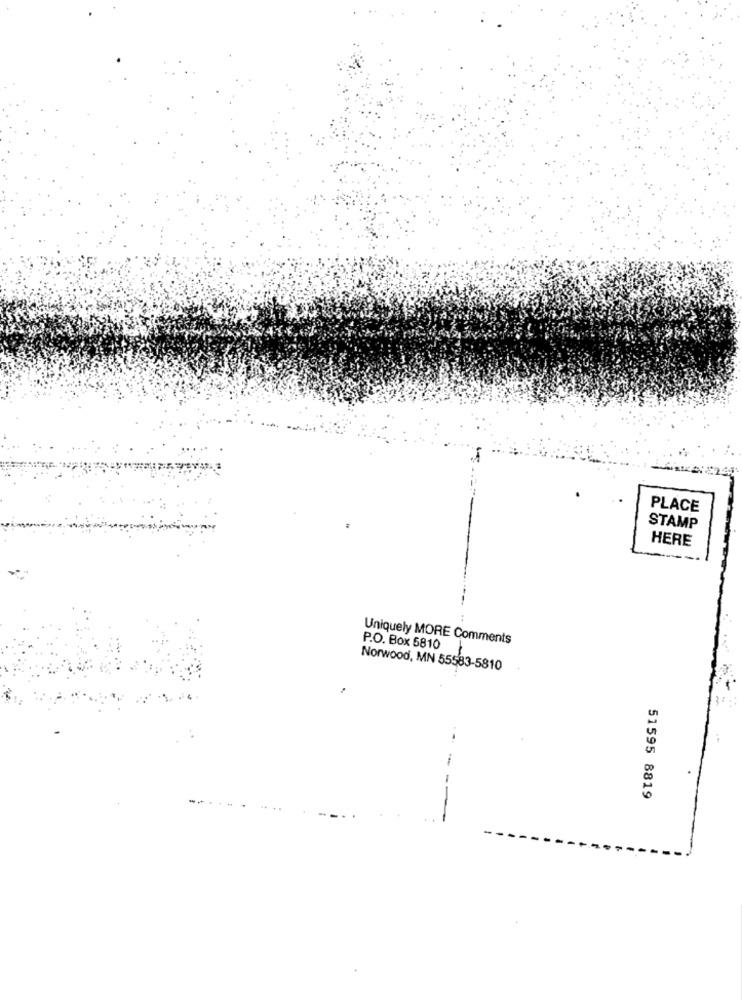
PLACE
STAMP
HERE
Uniquely MORE Comments
P.O. Box 5810
Norwood, MN 55583-5810
51595 8819